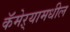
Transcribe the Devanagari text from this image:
कॅमेऱ्यामधील